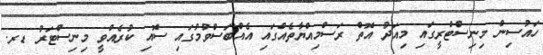
ހައުސިން މިނިސްޓްރީގައި މިއަދު އޮތް ރަސްމިއްޔާތެއްގައި އެއްބަސްވުމުގައި ސޮއި ކުރެއްވީ މިނިސްޓަރު ޑރ.